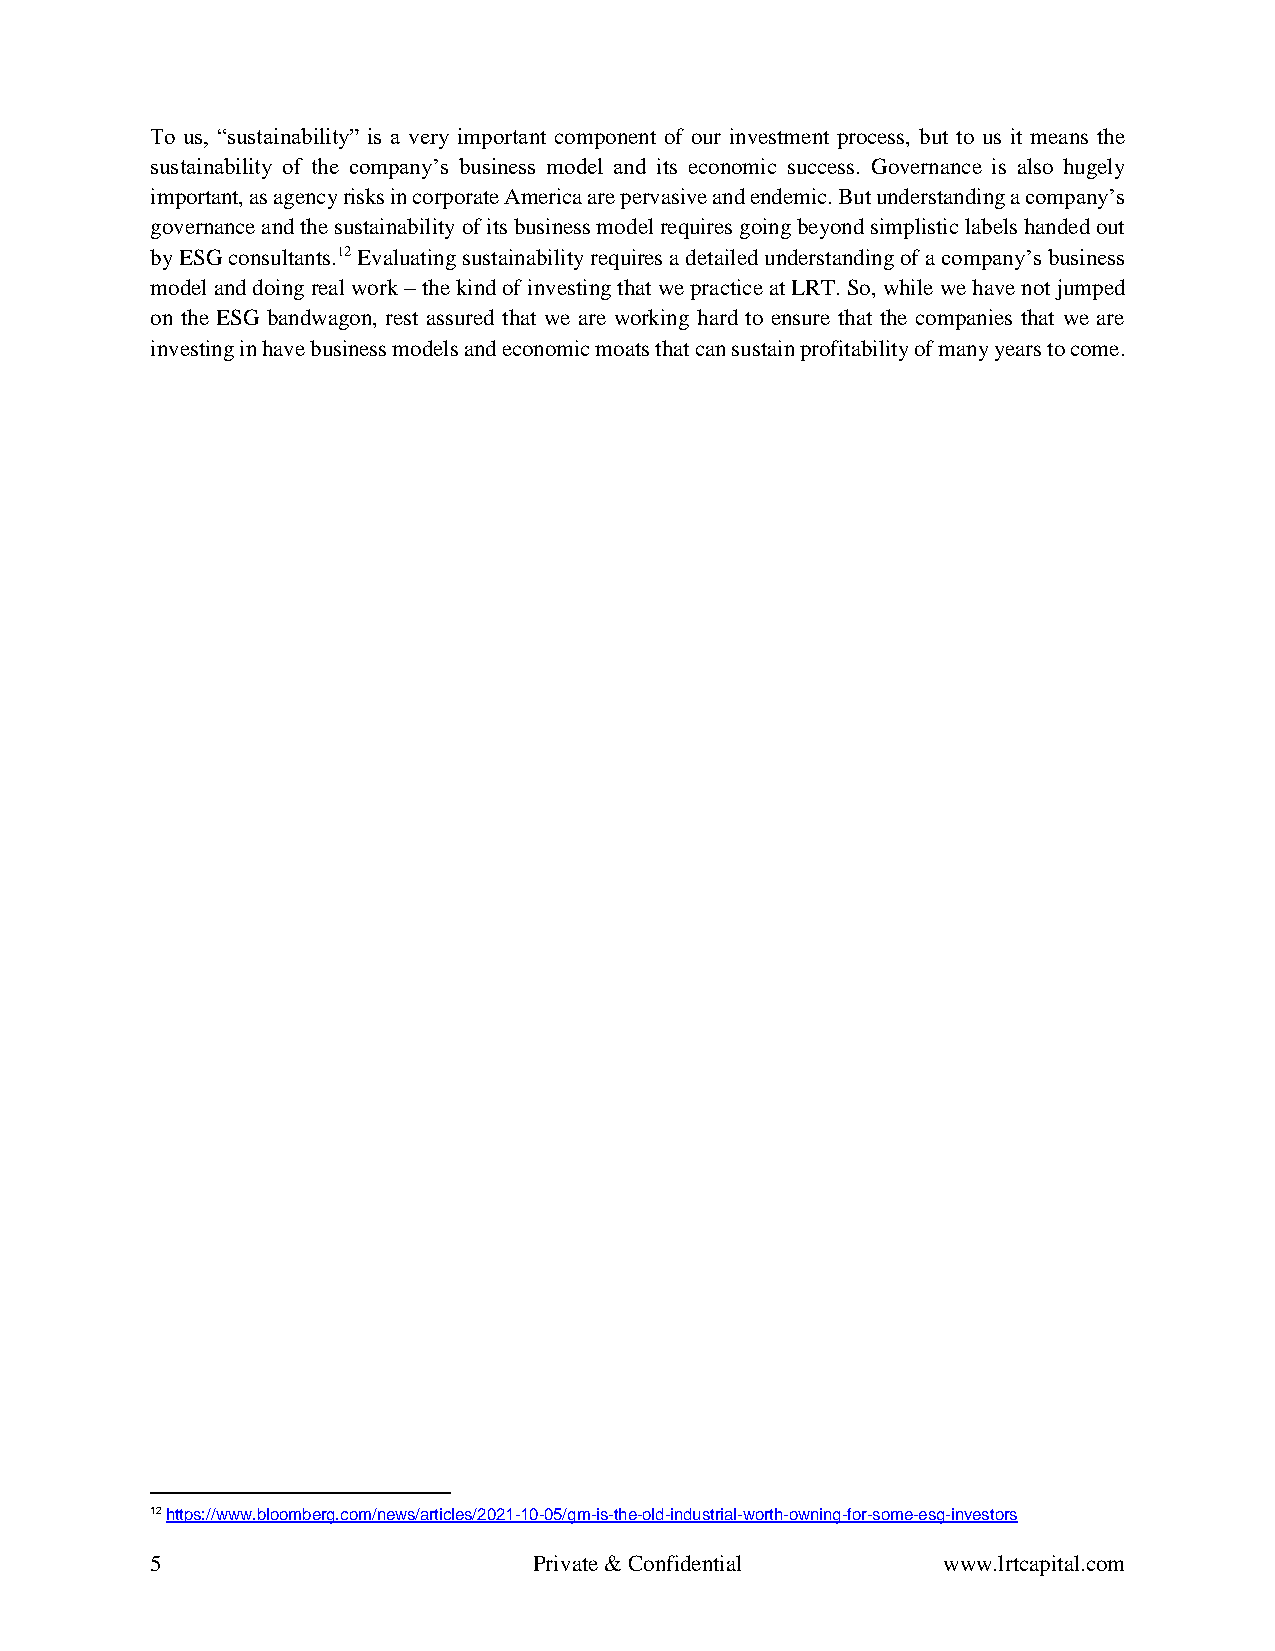
To us, “sustainability” is a very important component of our investment process, but to us it means the
 sustainability of the company’s business model and its economic success. Governance is also hugely
 important, as agency risks in corporate America are pervasive and endemic. But understanding a company’s
 governance and the sustainability of its business model requires going beyond simplistic labels handed out
 by ESG consultants.12 Evaluating sustainability requires a detailed understanding of a company’s business
 model and doing real work – the kind of investing that we practice at LRT. So, while we have not jumped
 on the ESG bandwagon, rest assured that we are working hard to ensure that the companies that we are
 investing in have business models and economic moats that can sustain profitability of many years to come.
 12 https://www.bloomberg.com/news/articles/2021-10-05/gm-is-the-old-industrial-worth-owning-for-some-esg-investors
 5                        Private & Confidential     www.lrtcapital.com